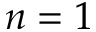
n = 1